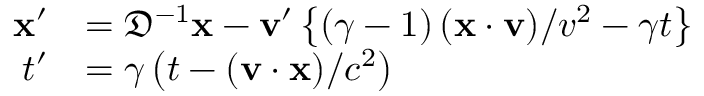
{ \begin{array} { c } { { \begin{array} { r l } { \mathbf { x } ^ { \prime } } & { = { \mathfrak { D } } ^ { - 1 } \mathbf { x } - \mathbf { v } ^ { \prime } \left\{ \left( \gamma - 1 \right) ( \mathbf { x \cdot v } ) / v ^ { 2 } - \gamma t \right\} } \\ { t ^ { \prime } } & { = \gamma \left( t - ( \mathbf { v } \cdot \mathbf { x } ) / c ^ { 2 } \right) } \end{array} } } \end{array} }